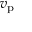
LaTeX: v _ { \mathrm { p } }